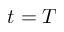
t = T